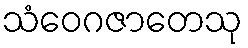
သံဝေဂဇာတေသု